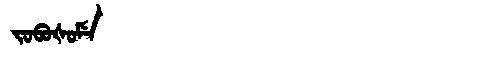
Manchu: ᠵᠣᠪᠣᡧᠣᠮᡝ
Romanization: JOBOŠOME